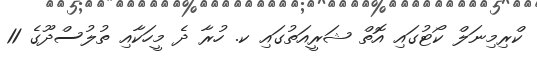
ކްރިމިނަލް ކޯޓުގައި އޮތް ޝަރީއަތުގައި ކ. ހުރާ ދެ މީހަކާއި ތުލުސްދޫގެ 11